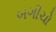
બગીચો